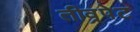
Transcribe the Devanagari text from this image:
तीव्रपेट